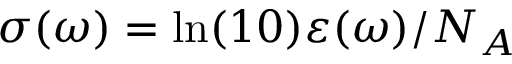
\sigma ( \omega ) = \ln ( 1 0 ) \varepsilon ( \omega ) / N _ { A }